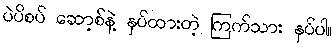
ပဲပိစပ် ဆော့စ်နဲ့ နှပ်ထားတဲ့ ကြက်သား နှပ်ပါ။